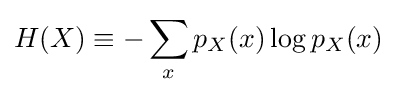
H(X)\equiv -\sum _{x}p_{X}(x)\log p_{X}(x)